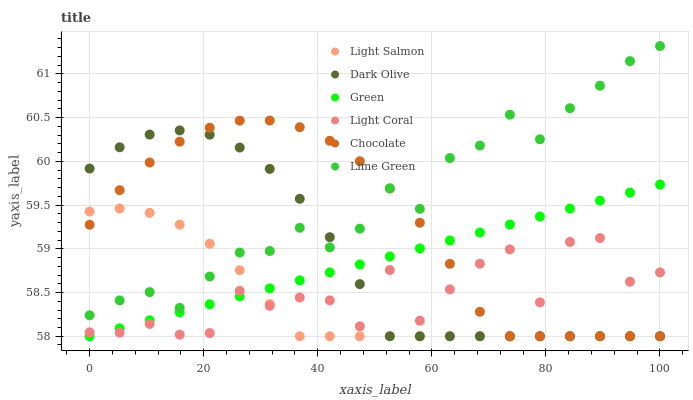
| xaxis_label | Light Salmon | Dark Olive | Green | Light Coral | Chocolate | Lime Green |
 | --- | --- | --- | --- | --- | --- | --- |
 | 0 | 59.4 | 59.9 | 58 | 58 | 59.3 | 58.2 |
 | 5.26 | 59.5 | 60.2 | 58.1 | 58 | 59.7 | 58.4 |
 | 10.5 | 59.4 | 60.3 | 58.2 | 58.1 | 60 | 58.5 |
 | 15.8 | 59.3 | 60.4 | 58.3 | 58 | 60.2 | 58.3 |
 | 21.1 | 59.1 | 60.3 | 58.4 | 58 | 60.4 | 58.7 |
 | 26.3 | 58.8 | 60.2 | 58.5 | 58.5 | 60.5 | 59 |
 | 31.6 | 58.4 | 59.9 | 58.5 | 58.3 | 60.5 | 59 |
 | 36.8 | 58 | 59.6 | 58.6 | 58.4 | 60.4 | 59.2 |
 | 42.1 | 58 | 59.1 | 58.7 | 58.4 | 60.2 | 59 |
 | 47.4 | 58 | 58.6 | 58.8 | 58.1 | 60 | 59.2 |
 | 52.6 | 58 | 58 | 58.9 | 58.8 | 59.7 | 59.7 |
 | 57.9 | 58 | 58 | 59 | 58.2 | 59.3 | 59.5 |
 | 63.2 | 58 | 58 | 59.1 | 58.5 | 58.8 | 60 |
 | 68.4 | 58 | 58 | 59.2 | 58.8 | 58.3 | 60.2 |
 | 73.7 | 58 | 58 | 59.3 | 59 | 58 | 60.5 |
 | 78.9 | 58 | 58 | 59.4 | 58.4 | 58 | 60.3 |
 | 84.2 | 58 | 58 | 59.5 | 59.1 | 58 | 60.6 |
 | 89.5 | 58 | 58 | 59.6 | 59.1 | 58 | 60.9 |
 | 94.7 | 58 | 58 | 59.6 | 58.6 | 58 | 61.1 |
 | 100 | 58 | 58 | 59.7 | 58.7 | 58 | 61.3 |